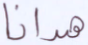
هدانا